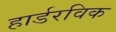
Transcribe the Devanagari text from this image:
हार्डरविक